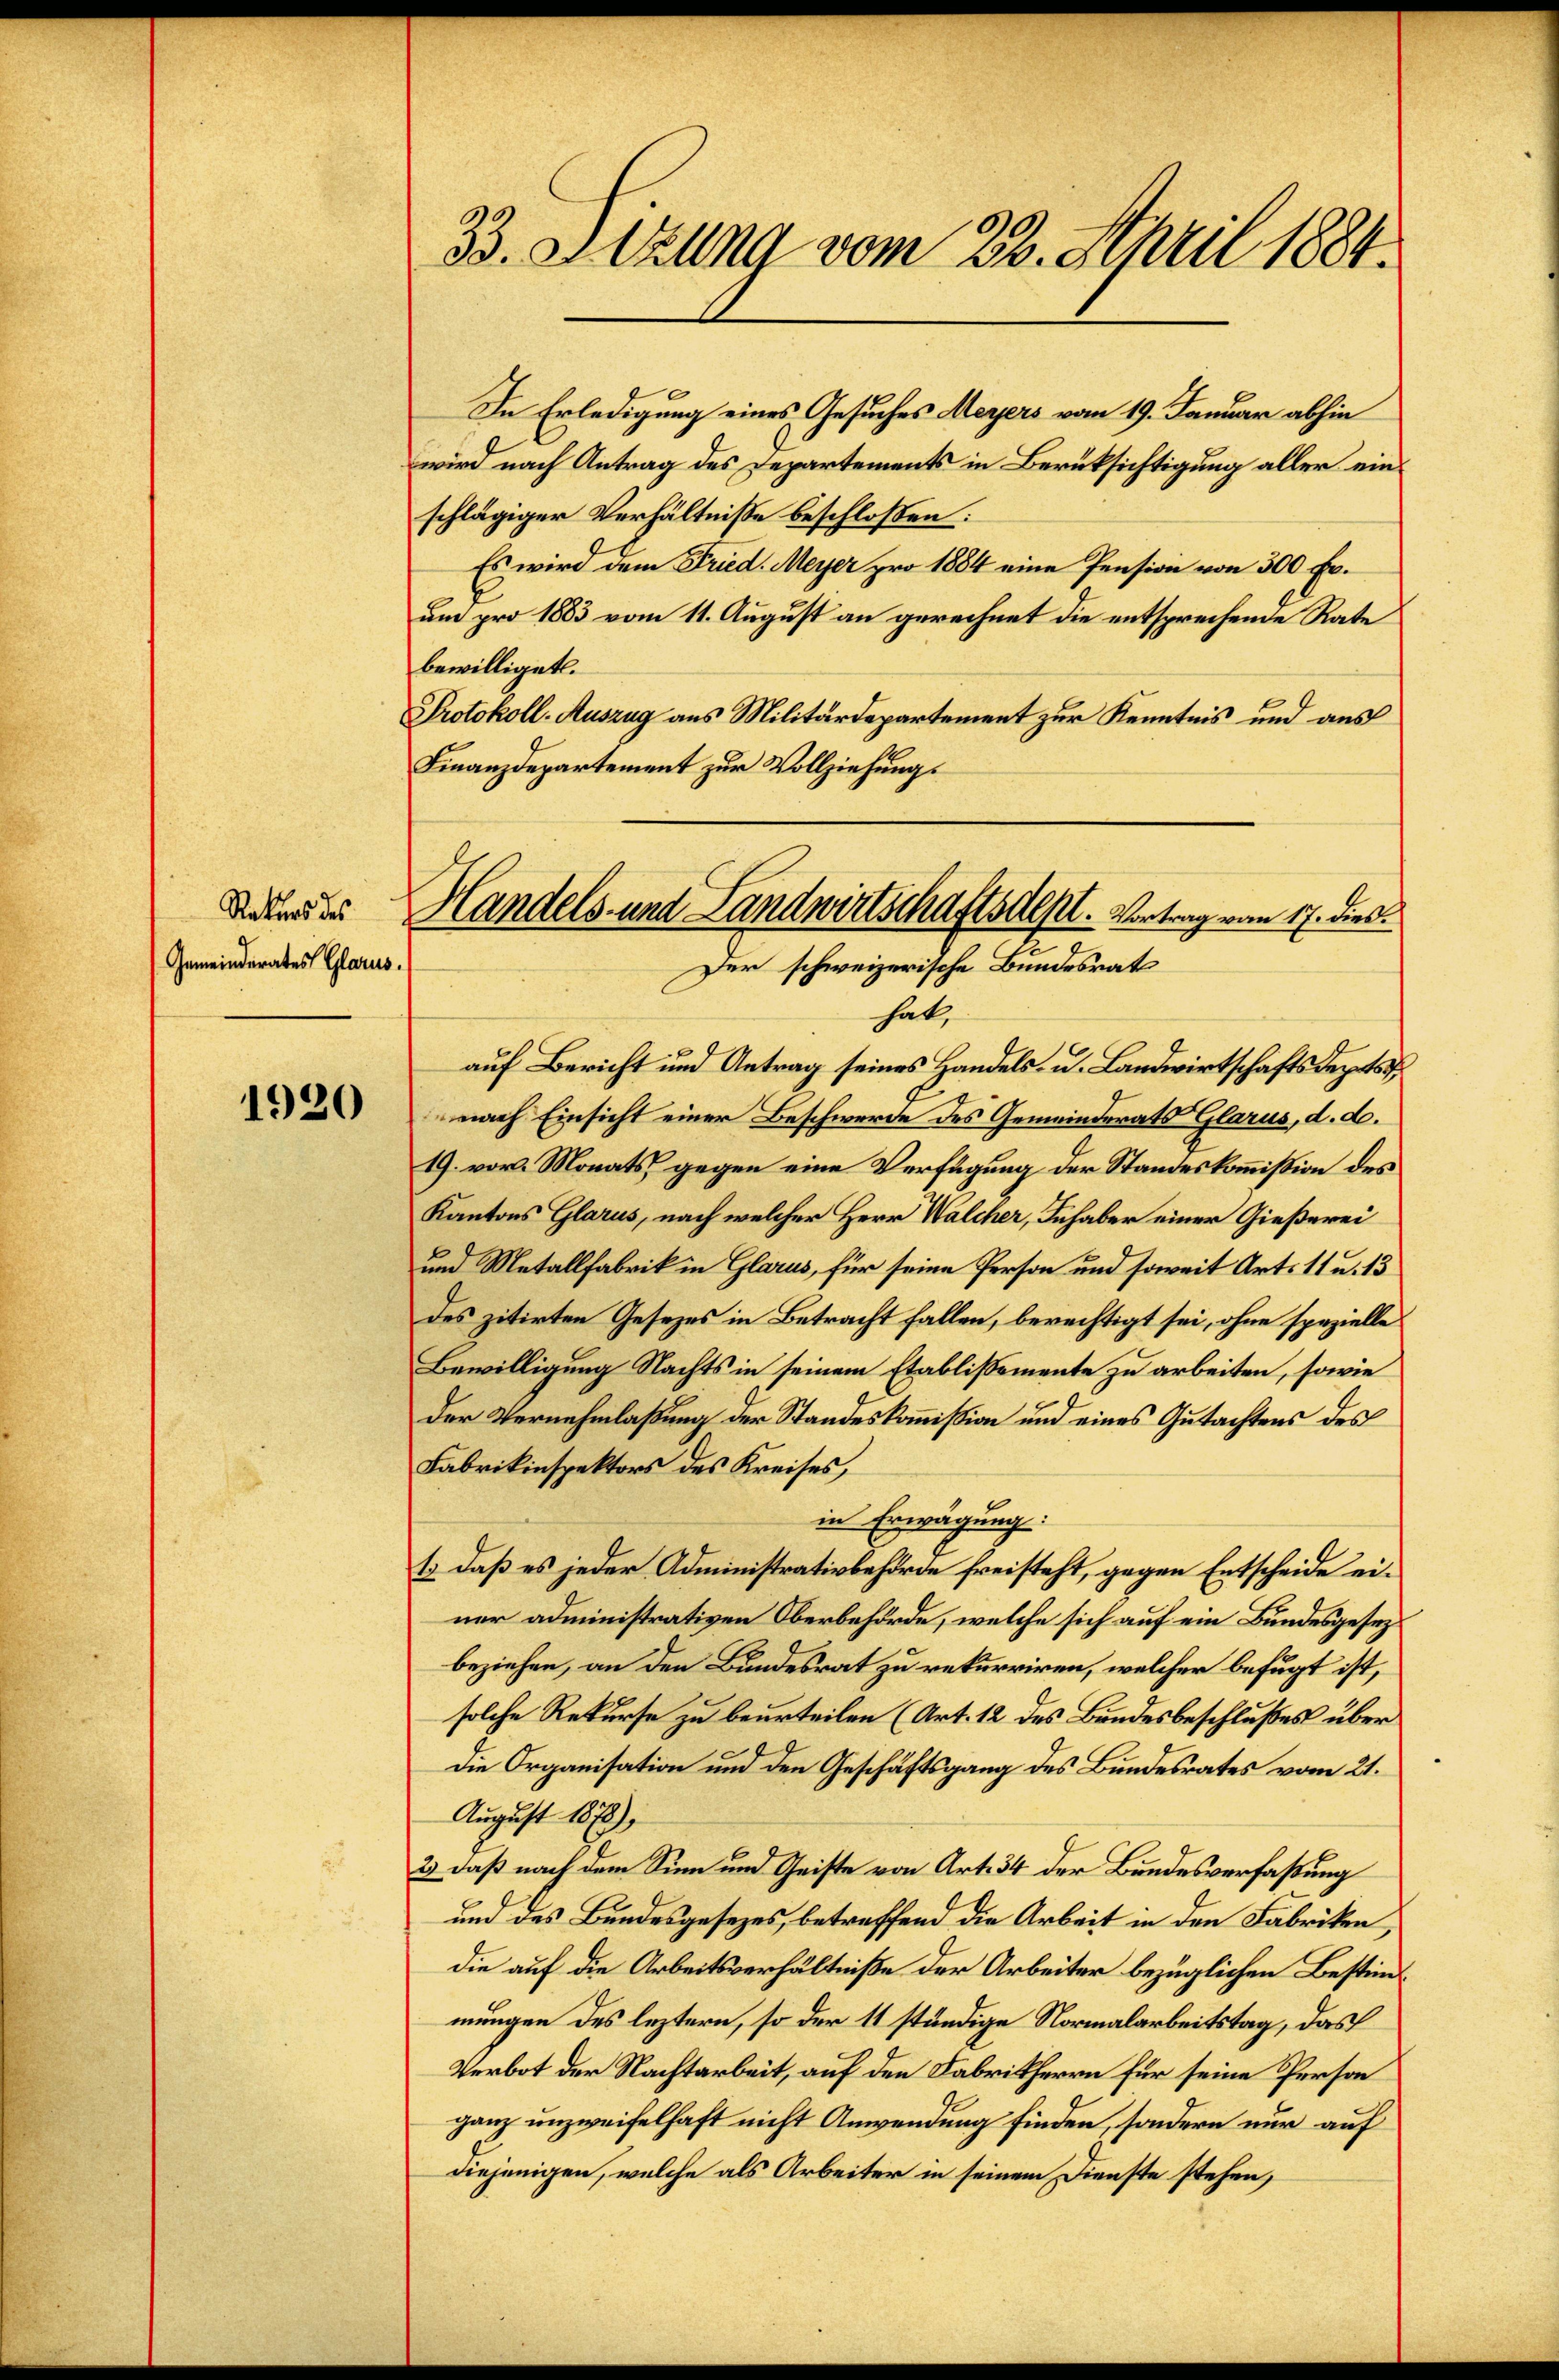
Rekurs des
Gemeinderates Glarus.

1920

In Erledigung eines Gesuches Meyers vom 19. Januar abhin
wird nach Antrag des Departements in Berüksichtigung aller einschlägiger Verhältnisse beschloßen:
Es wird dem Fried. Meyer pro 1884 eine Pension von 300 Fr.
um pro 1883 vom 11. August an gerechnet die entsprechende Rate
bewilliget.
Protokoll-Auszug aus Militärdepartement zur Kenntnis und aus
Finanzdepartement zur Vollziehung.

33. Sitzung vom 28. April 1884.

Handels- und Landwirtschaftsdest. Vortrag vom 17. dies
Der schweizerische Bundesrat

hat,
auf Bericht und Antrag seines Handels- u. Landwirtschafts depots
nach Einsicht einer Beschwerde des Gemeinderats Glarus, d. d.
19. vor. Monats, gegen eine Verfügung der Standeskommission des
Kantons Glarus, nach welcher Herr Walcher, Inhaber einer Gießerei
und Metallfabrik in Glarus, für seine Person und soweit Art. 11 u. 13
des zitirten Gesezes in Betracht fallen, berechtigt sei, ohne spezielle
Bewilligung Nachts in seinem Etablissemente zu arbeiten, sowie
der Vernehmlaßung der Standeskommission und eines Gutachtens des
Fabrikinspektors des Kreises,
in Erwägung:
1) daß es jeder Administrativbehörde freisteht, gegen Entscheide einer administrativen Oberbehörde, welche sich auf ein Bundesgesezbeziehen, an den Bundesrat zu rekurriren, welcher befugt ist,
solche Rekurse zu beurteilen (Art. 12 des Bundesbeschlußes über
Die Organisation und den Geschäftsgang des Bundesrates vom 21.
August 1879)
3) daß nach dem Sinn und Geiste von Art. 34 der Bundesverfaßung
und des Bundesgesezes, betreffend die Arbeit in den Fabriken,
die auf die Arbeitsverhältniße der Arbeiter bezüglichen Bestimmungen des leztern, so der 11 ständige Normalarbeitstag, das
Verbot der Nachtarbeit, auf den Fabrikherrn für seine Person
ganz unzweifelhaft nicht Anwendung finden, sondern nur auf
diejenigen, welche als Arbeiter in seinem Dienste stehen,